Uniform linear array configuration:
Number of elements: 64
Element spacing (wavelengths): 0.25
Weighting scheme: exponential
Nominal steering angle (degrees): -30
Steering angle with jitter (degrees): -29.004
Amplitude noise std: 0.05
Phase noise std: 0.05

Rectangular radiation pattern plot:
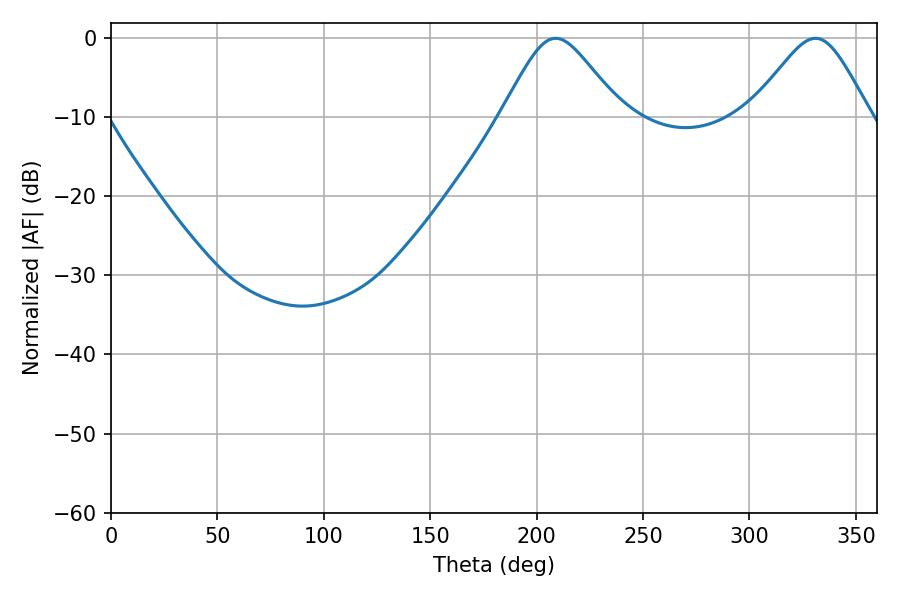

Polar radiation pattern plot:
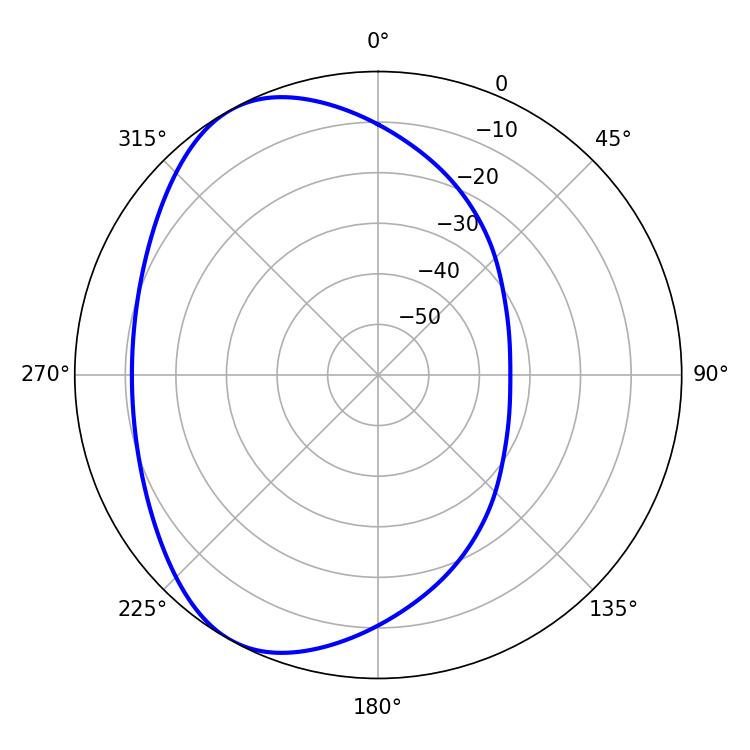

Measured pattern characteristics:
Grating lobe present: FALSE
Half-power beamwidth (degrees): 27.18
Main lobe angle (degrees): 208.98